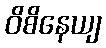
ဝိစိနေယျ